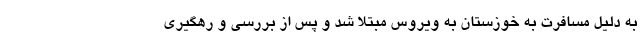
به دلیل مسافرت به خوزستان‌ به ویروس مبتلا شد و پس از بررسی و رهگیری